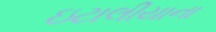
ઇટાલીયાના